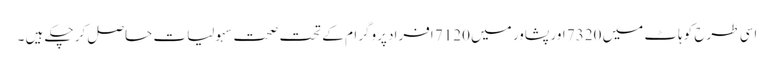
اسی طرح کوہاٹ میں 7320 اور پشاور میں 7120 افراد پروگرام کے تحت صحت سہولیات حاصل کر چکے ہیں ۔